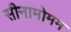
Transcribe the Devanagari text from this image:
सीनामोमम